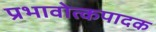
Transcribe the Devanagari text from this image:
प्रभावोत्कपादक